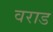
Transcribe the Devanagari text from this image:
वराड